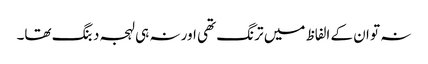
نہ تو ان کے الفاظ میں ترنگ تھی اور نہ ہی لہجہ دبنگ تھا۔